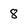
Character: 8